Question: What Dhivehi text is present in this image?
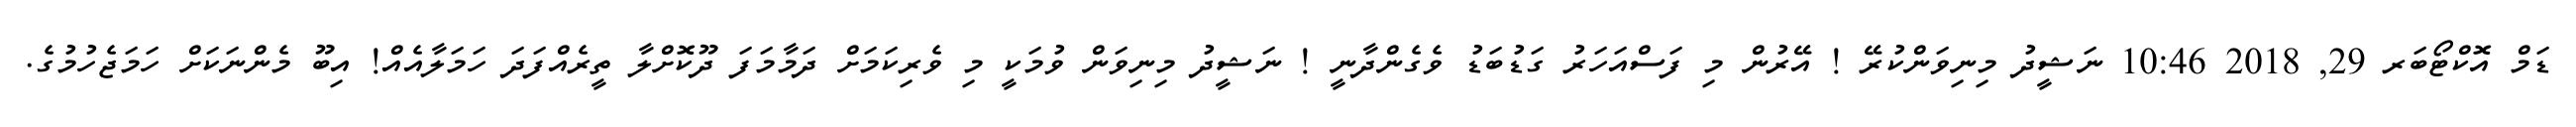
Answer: ޑަމް އޮކްޓޯބަރ 29, 2018 10:46 ނަޝީދު މިނިވަންކުރޭ ! އޭރުން މި ފަސްއަހަރު ގަޑުބަޑު ވެގެންދާނީ ! ނަޝީދު މިނިވަން ވުމަކީ މި ވެރިކަމަށް ދަމާމަފަ ދޫކޮށްލާ ތީރެއްފަދަ ހަމަލާއެއް! އިބޫ މެންނަކަށް ހަމަޖެހުމުގެ.